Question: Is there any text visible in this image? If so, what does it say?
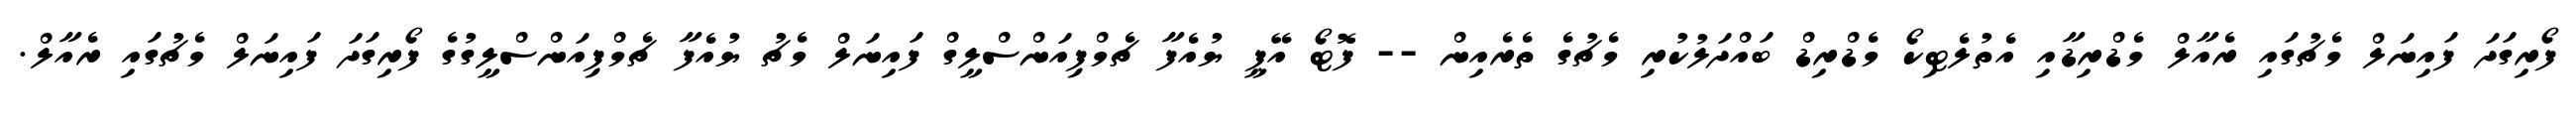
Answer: ފޯރިގަދަ ފައިނަލް މެޗުގައި ރެއާލް މެޑްރިޑާއި އެތުލެޓިކޯ މެޑްރިޑް ބައްދަލުކުރި މެޗުގެ ތެރެއިން -- ފޮޓޯ އޭޕީ ޔުއެފާ ޗެމްޕިއަންސްލީގް ފައިނަލް މެޗު ޔުއެފާ ޗެމްޕިއަންސްލީގުގެ ފޯރިގަދަ ފައިނަލް މެޗުގައި ރެއާލް.